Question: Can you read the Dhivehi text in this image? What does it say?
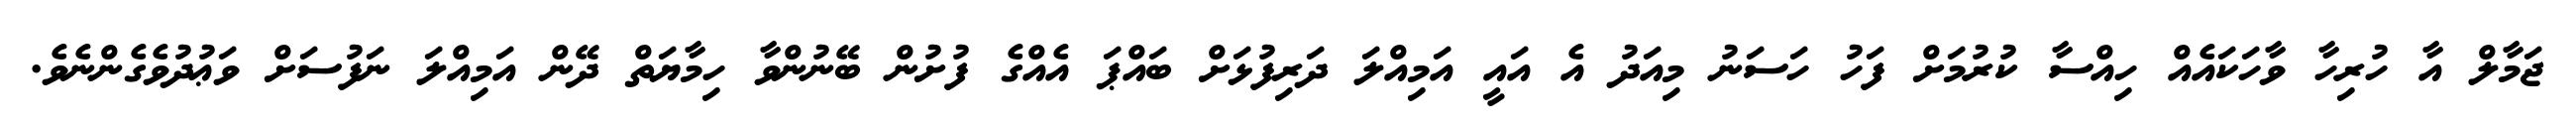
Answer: ޖަމާލް އާ ހުރިހާ ވާހަކައެއް ހިއްސާ ކުރުމަށް ފަހު ހަސަނު މިއަދު އެ އައީ އަމިއްލަ ދަރިފުޅަށް ބައްޕަ އެއްގެ ފުށުން ބޭނުންވާ ހިމާޔަތް ދޭން އަމިއްލަ ނަފުސަށް ވަޢުދުވެގެންނެވެ.